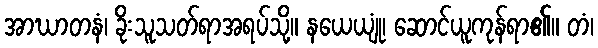
အာဃာတနံ၊ ခိုးသူသတ်ရာအရပ်သို့။ နယေယျုံ၊ ဆောင်ယူကုန်ရာ၏။ တံ၊